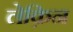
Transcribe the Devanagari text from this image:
लेक़िन